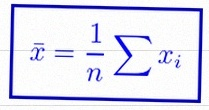
\bar{x}=\frac1n\sum x_i